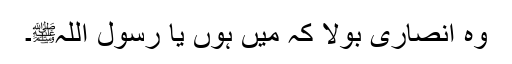
وہ انصاری بولا کہ میں ہوں یا رسول اللہﷺ۔